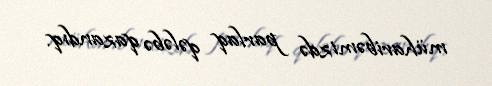
müharibəmizdə parlaq qələbə qazandıq.